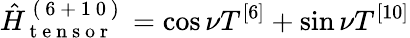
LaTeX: \hat{H}_{\mathrm{~t~e~n~s~o~r~}}^{\mathrm{~(~6~+~1~0~)~}}=\cos\nu T^{[6]}+\sin\nu T^{[10]}